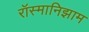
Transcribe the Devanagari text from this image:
रॉस्मानिझाम